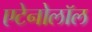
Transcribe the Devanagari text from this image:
एटेनोलॉल